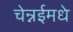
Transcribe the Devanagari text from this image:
चेन्नईमधे